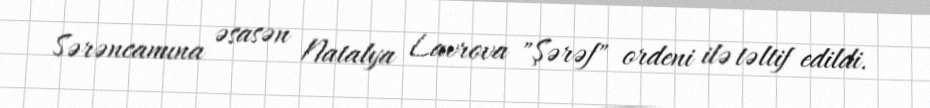
Sərəncamına əsasən Natalya Lavrova "Şərəf" ordeni ilə təltif edildi.